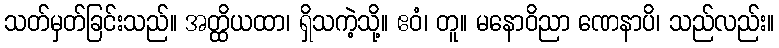
သတ်မှတ်ခြင်းသည်။ အတ္ထိယထာ၊ ရှိသကဲ့သို့။ ဧဝံ၊ တူ။ မနောဝိညာ ဏေနာပိ၊ သည်လည်း။